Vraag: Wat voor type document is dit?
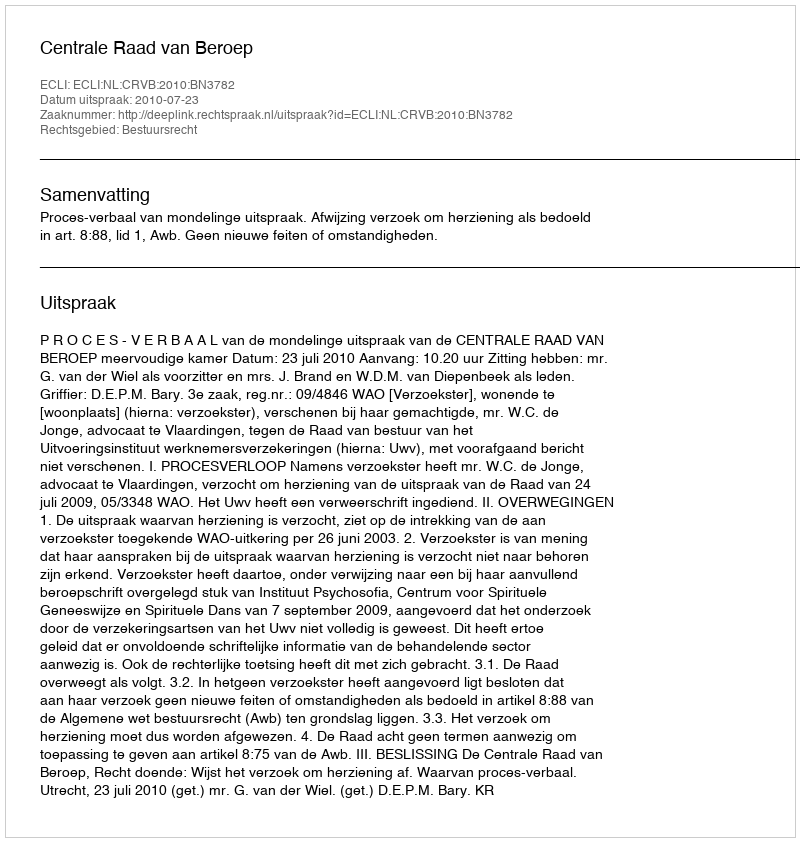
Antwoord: Uitspraak